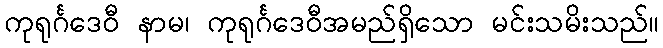
ကုရုင်္ဂဒေဝီ နာမ၊ ကုရုင်္ဂဒေဝီအမည်ရှိသော မင်းသမိးသည်။